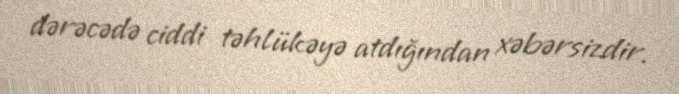
dərəcədə ciddi təhlükəyə atdığından xəbərsizdir.